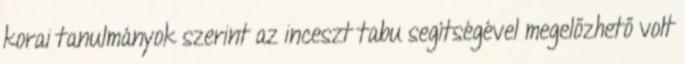
korai tanulmányok szerint az inceszt tabu segítségével megelőzhető volt